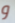
و